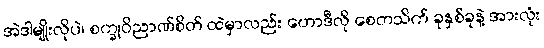
အဲဒါမျိုးလိုပဲ၊ စက္ခုဝိညာဏ်စိတ် ထဲမှာလည်း ဟောဒီလို စေတသိက် ခုနှစ်ခုနဲ့ အားလုံး